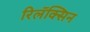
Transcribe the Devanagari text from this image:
रिलॅक्सिन